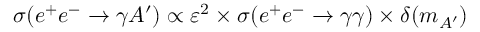
\sigma ( e ^ { + } e ^ { - } \rightarrow \gamma A ^ { \prime } ) \propto \varepsilon ^ { 2 } \times \sigma ( e ^ { + } e ^ { - } \rightarrow \gamma \gamma ) \times \delta ( m _ { A ^ { \prime } } )